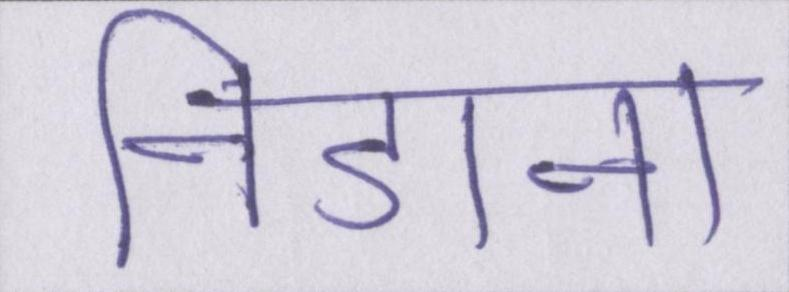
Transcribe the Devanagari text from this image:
निडाना